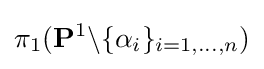
\pi _{1}({\bf {P}}^{1}\backslash \{\alpha _{i}\}_{i=1,\dots ,n})